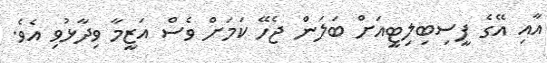
އާއި އޭގެ ފީސިބިލިޓީއަށް ބަލަން ޖެހޭ ކަމަށް ވެސް އަޒީމާ ވިދާޅުވި އެވެ.